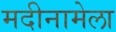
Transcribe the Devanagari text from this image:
मदीनामेला